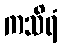
ကသိရံ